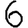
Digit: 6